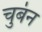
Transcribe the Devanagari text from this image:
चुबंन